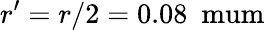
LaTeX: r^{\prime}=r/2=0.08~\mathrm{\ mum}